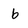
Character: b